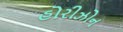
હોરીઝોન